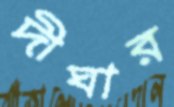
দীঘার